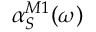
\alpha _ { S } ^ { M 1 } ( \omega )